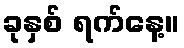
ခုနှစ် ရက်နေ့။